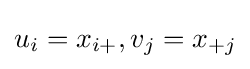
u_{i}=x_{i+},v_{j}=x_{+j}